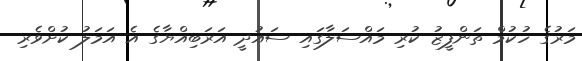
މަރުގެ ހުކުމް ތަންފީޒު ކުރި މައްސަލާގައި ސައުދީ އަރަބިއްޔާގެ އެ އަމަލު ކުށްވެރި